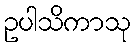
ဥပါသိကာသု